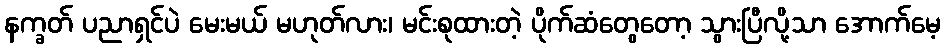
နက္ခတ် ပညာရှင်ပဲ မေးမယ် မဟုတ်လား၊ မင်းစုထားတဲ့ ပိုက်ဆံတွေတော့ သွားပြီလို့သာ အောက်မေ့